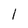
Character: 1